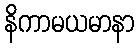
နိကာမယမာနာ